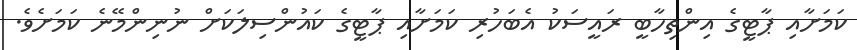
ކަމަށާއި ޕާޓީގެ އިންތިހާބީ ރައީސަކު އެބަހުރި ކަމަށާއި ޕާޓީގެ ކައުންސިލަކަށް ނުނިންމޭނެ ކަމަށެވެ.